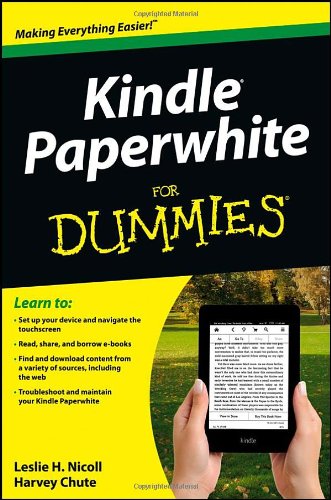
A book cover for Kindle Paperwhite For Dummies; Leslie H. Nicoll; Computers & Technology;